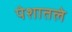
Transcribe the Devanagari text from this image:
पेशातले